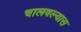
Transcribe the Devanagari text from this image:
चालवल्यास